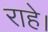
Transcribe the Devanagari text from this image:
राहे।